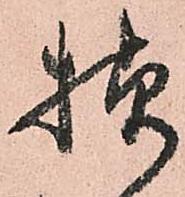
様